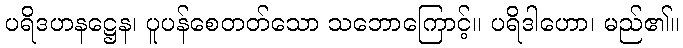
ပရိဒဟနဋ္ဌေန၊ ပူပန်စေတတ်သော သဘောကြောင့်။ ပရိဒါဟော၊ မည်၏။